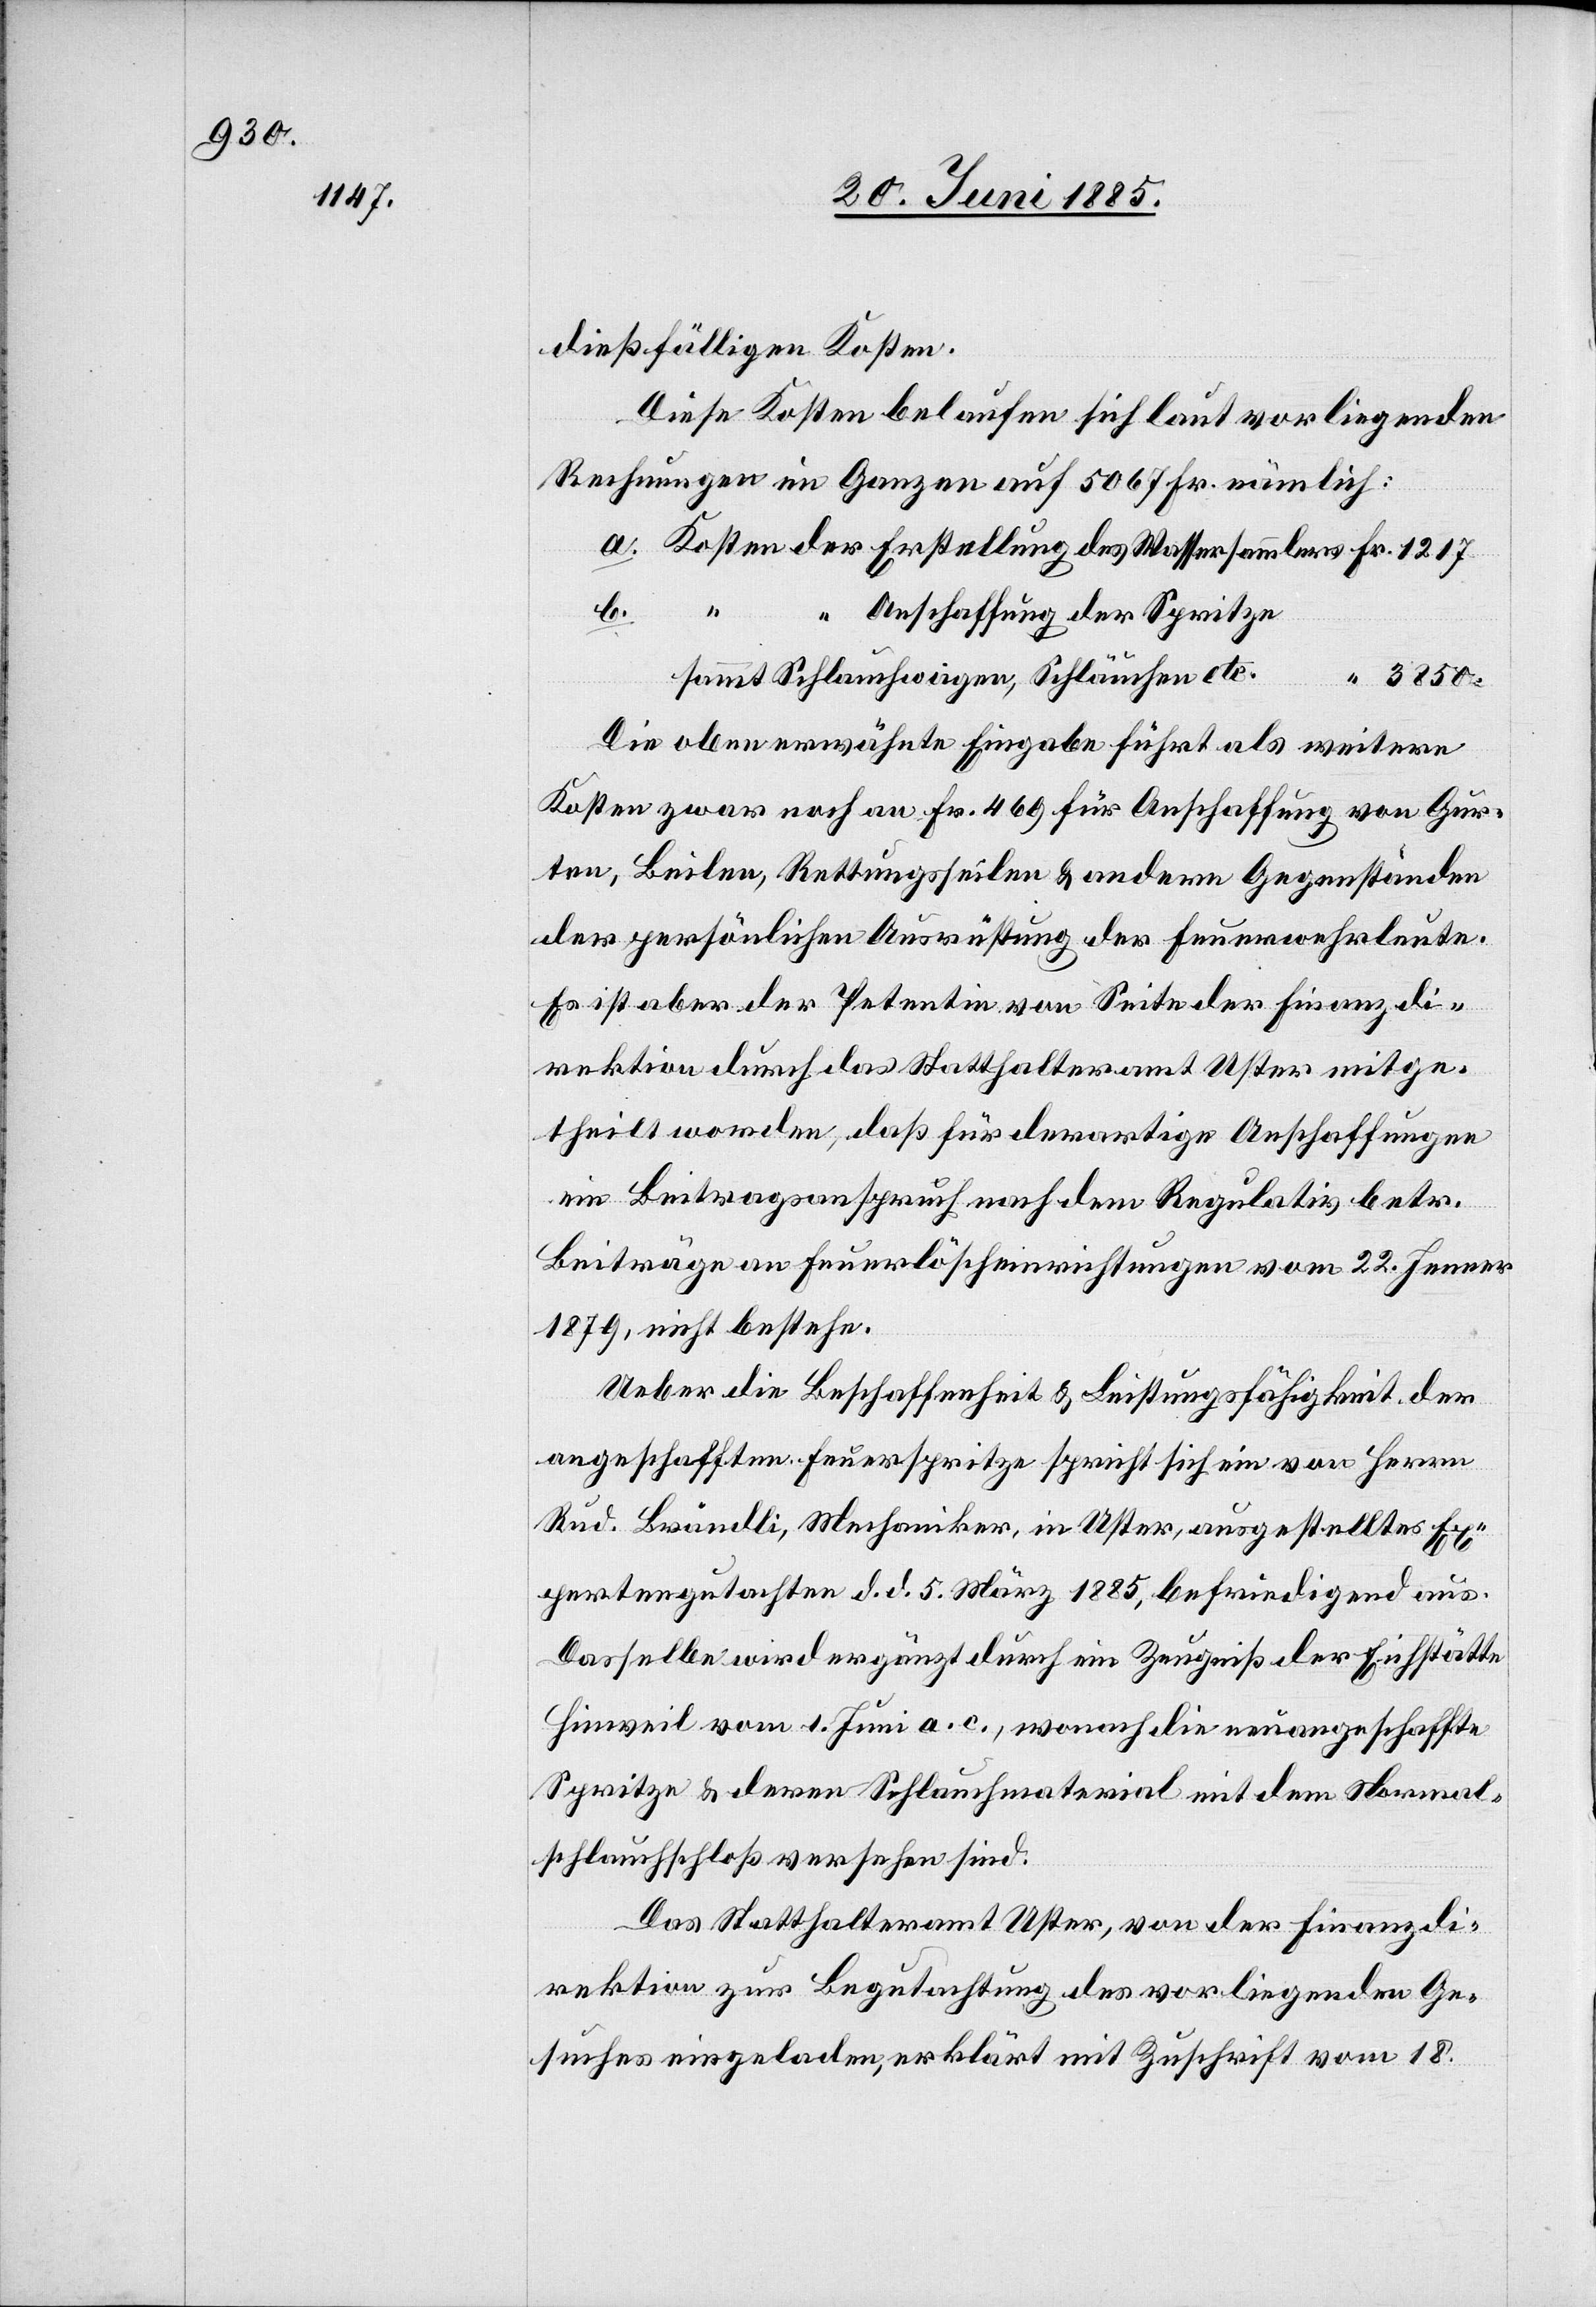
1217.

dießfälligen Kosten.
Diese Kosten belaufen sich laut vorliegenden
Rechnungen im Ganzen auf 5067 Fr. nämlich:
b.
sammlers
Anschaffung der Spritze
sammt Schlauchwagen, Schläuchen etc.
3850.
Fr.
Die oben erwähnte Eingabe führt als weitere
Kosten zwar noch an Fr. 469 für Anschaffung von Gur¬
ten, Beilen, Rettungsseilen & andern Gegenständen
der persönlichen Ausrüstung der Feuerwehrleute.
Es ist aber der Petentin von Seite der Finanzdi¬
rektion durch das Statthalteramt Uster mitge¬
theilt worden, daß für derartige Anschaffungen
ein Beitragsanspruch nach dem Regulativ betr.
Beiträge an Feuerlöscheinrichtungen vom 22. Jenner
1879, nicht bestehe.
Ueber die Beschaffenheit & Leistungsfähigkeit der
angeschafften Feuerspritze spricht sich ein von Herrn
Rud. Brändli, Mechaniker, in Uster, ausgestelltes Ex¬
pertengutachten d. d. 5. März 1885, befriedigend aus.
Dasselbe wird ergänzt durch ein Zeugniß der Eichstätte
Hinweil vom 1. Juni a. c., wonach die neuangeschaffte
Spritze & deren Schlauchmaterial mit dem Normal¬
schlauchschloß versehen sind.
Das Statthalteramt Uster, von der Finanzdi¬
rektion zur Begutachtung des vorliegenden Ge¬
suches eingeladen, erklärt mit Zuschrift vom 18.